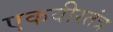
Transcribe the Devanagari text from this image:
एकवीरतंत्र